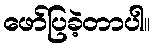
ဖော်ပြခဲ့တာပါ။